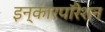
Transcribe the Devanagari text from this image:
इन्कारपॉरेशन